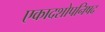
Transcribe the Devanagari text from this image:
एकादशोपनिषद